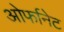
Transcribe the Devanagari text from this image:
ओर्फानेट